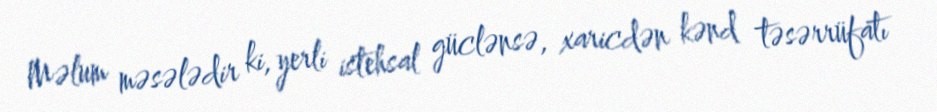
Məlum məsələdir ki, yerli istehsal güclənsə, xaricdən kənd təsərrüfatı